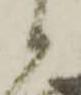
候